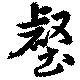
壑